Black-water fever - Number 35
Disease focus: Fever
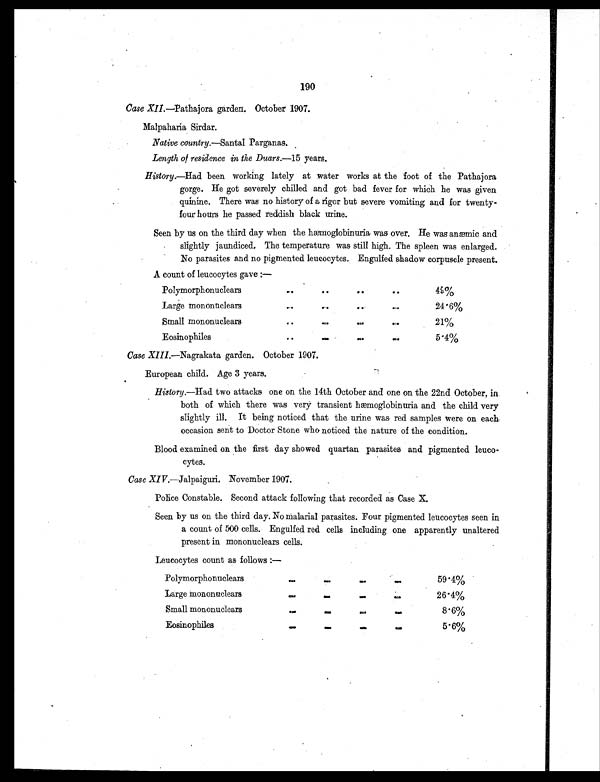
190
Case XII.—Pathajora garden. October 1907.
Malpaharia Sirdar.
Native country.—Santal Parganas.
Length of residence in the Duars. —15 years.
History.—Had been working lately at water works at the foot of the Pathajora
gorge. He got severely chilled and got bad fever for which he was given
quinine. There was no history of a rigor but severe vomiting and for twenty-
four hours he passed reddish black urine.
Seen by us on the third day when the hæmoglobinuria was over. He was anæmic and
slightly jaundiced. The temperature was still high. The spleen was enlarged.
No parasites and no pigmented leucocytes. Engulfed shadow corpuscle present.
A count of leucocytes gave :—
Polymorphonuclears
..
..
. .
..
4
9%
Large mononuclears
.. ..
. .
..
24.6%
Small mononuclears
..
..
.. ..
21%
Eosinophiles
. .
.. .. ..
5.4%
Case XIII.—Nagrakata garden. October 1907.
European child. Age 3 years.
History.—Had two attacks one on the 14th October and one on the 22nd October, in
both of which there was very transient hæmoglobinuria and the child very
slightly ill. It being noticed that the urine was red samples were on each
occasion sent to Doctor Stone who noticed the nature of the condition.
Blood examined on the first day showed quartan parasites and pigmented leuco-
cytes.
Case XIV.—Jalpaiguri. November 1907.
Police Constable. Second attack following that recorded as Case X.
Seen by us on the third day. No malarial parasites. Four pigmented leucocytes seen in
a count of 500 cells. Engulfed red cells including one apparently unaltered
present in mononuclears cells.
Leucocytes count as follows :—
Polymorphonuclears
.. .. .. ..
59.4%
Large mononuclears
.. .. .. ..
26.4%
Small mononuclear
.. .. .. ..
8.6%
Eosinophiles
.. .. .. ..
5.6%